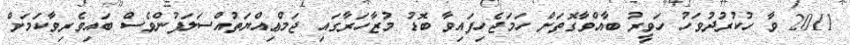
2011 ވާ ހުކުރުދުވަހު ހަވީރު ބާއްވާގޮތަށް ހަމަޖެހިފައިވާ ބޮޑު މުޒާހަރާގައި ޖަމްޢިއްޔަތުއްސަލަފުންވެސް ބައިވެރިވާކަމަށް